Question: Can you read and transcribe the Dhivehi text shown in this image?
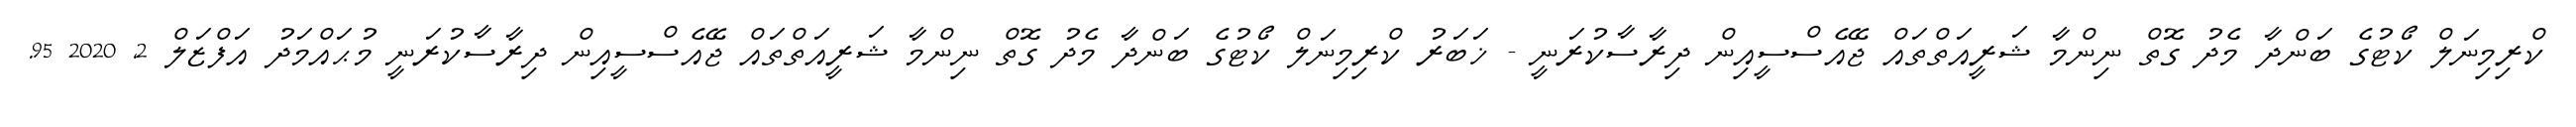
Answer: ކްރިމިނަލް ކޯޓުގެ ބަންދާ މެދު ގޮތް ނިންމާ ޝަރީއަތްތައް ޖޭއެސްސީއިން ދިރާސާކުރަނީ - ޚަބަރު ކްރިމިނަލް ކޯޓުގެ ބަންދާ މެދު ގޮތް ނިންމާ ޝަރީއަތްތައް ޖޭއެސްސީއިން ދިރާސާކުރަނީ މުޙައްމަދު އަފްޒަލް 2, 2020 95.